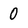
Character: 0